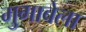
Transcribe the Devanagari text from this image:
मुगाबेला